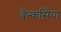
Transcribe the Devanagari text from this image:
बैन्कसिया